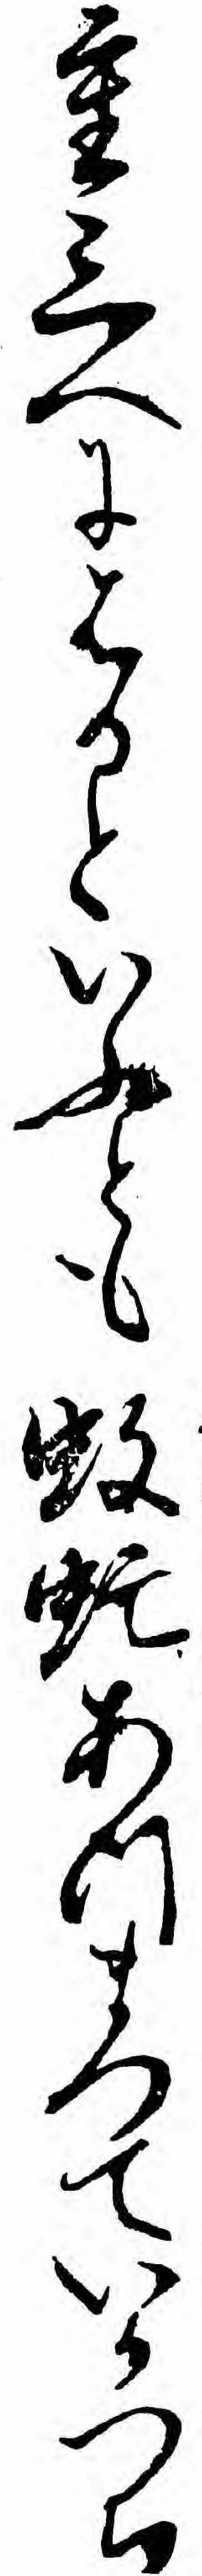
重三へにはるといふとも蚊虻あつまつていかつち